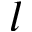
l